Leaving Certificate Examination (including Day School Certificate (Higher) General paper), 1939
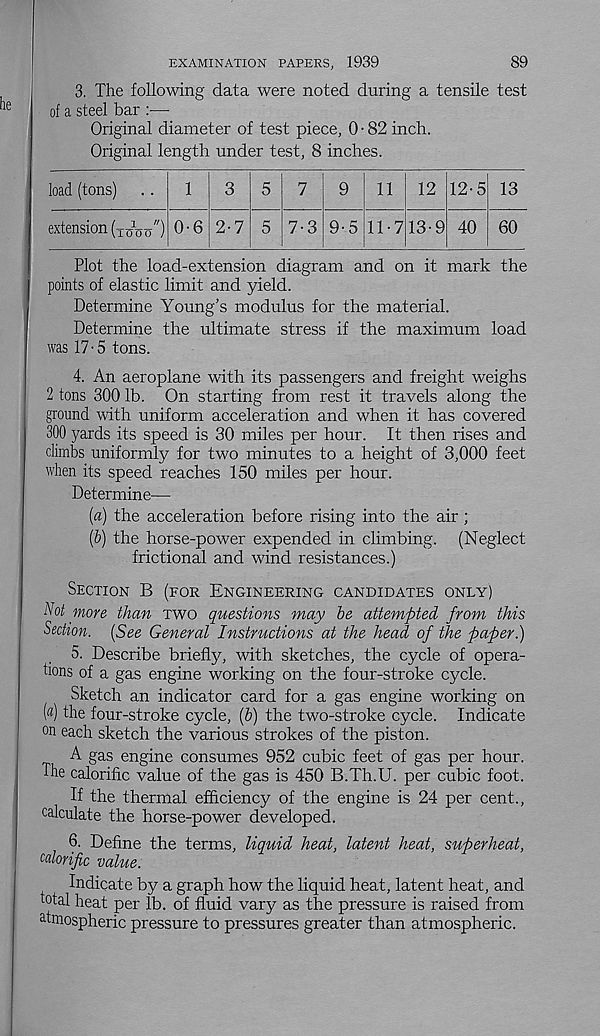
EXAMINATION PAPERS, 1939
89
3. The following data were noted during a tensile test
of a steel bar :—
Original diameter of test piece, 0 ■ 82 inch.
Original length under test, 8 inches.
load (tons)
11
12 12-5 13
extension {t^o") 0-6 2-7
7-3 9-5 11-7 13-9 40 60
Plot the load-extension diagram and on it mark the
points of elastic limit and yield.
Determine Young’s modulus for the material.
Determine the ultimate stress if the maximum load
was 17-5 tons.
4. An aeroplane with its passengers and freight weighs
2 tons 300 lb. On starting from rest it travels along the
ground with uniform acceleration and when it has covered
300 yards its speed is 30 miles per hour. It then rises and
climbs uniformly for two minutes to a height of 3,000 feet
when its speed reaches 150 miles per hour.
Determine—
[a) the acceleration before rising into the air;
(b) the horse-power expended in climbing. (Neglect
frictional and wind resistances.)
Section B (for Engineering candidates only)
Not more than two questions may be attempted from this
Section. [See General Instructions at the head of the paper.)
5. Describe briefly, with sketches, the cycle of opera-
tions of a gas engine working on the four-stroke cycle.
Sketch an indicator card for a gas engine working on
(#) the four-stroke cycle, [b) the two-stroke cycle. Indicate
°n each sketch the various strokes of the piston.
A gas engine consumes 952 cubic feet of gas per hour.
The calorific value of the gas is 450 B.Th.U. per cubic foot.
If the thermal efficiency of the engine is 24 per cent.,
calculate the horse-power developed.
6. Define the terms, liquid heat, latent heat, superheat,
calorific value.
Indicate by a graph how the liquid heat, latent heat, and
Dial heat per lb. of fluid vary as the pressure is raised from
atmospheric pressure to pressures greater than atmospheric.